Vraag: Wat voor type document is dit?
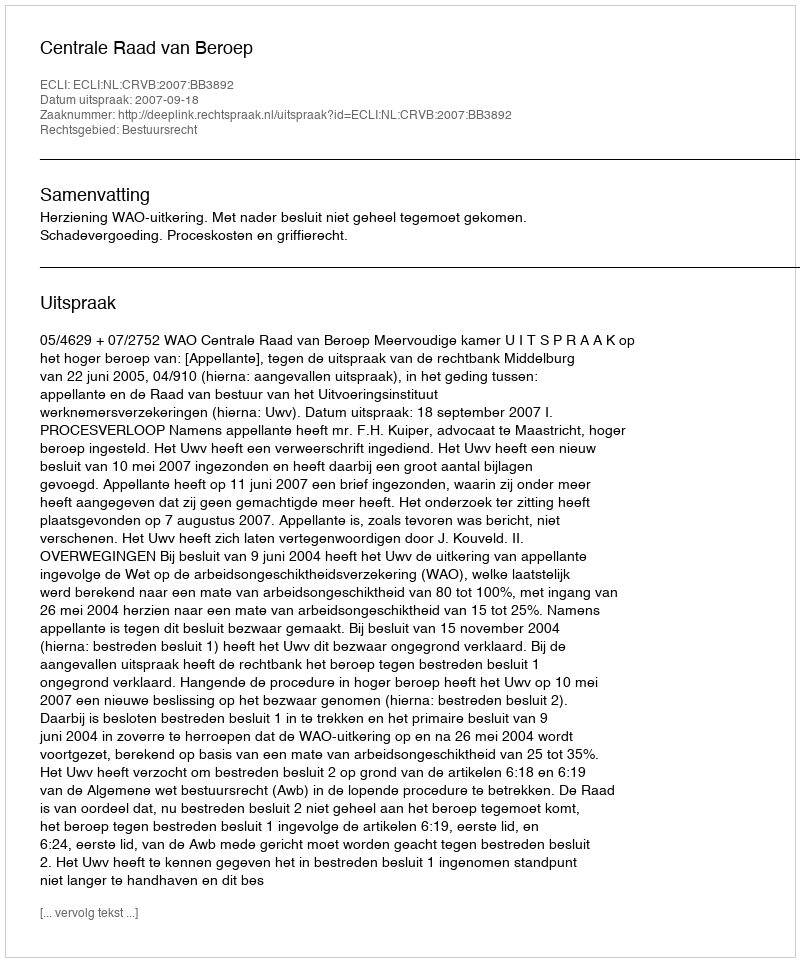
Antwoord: Uitspraak